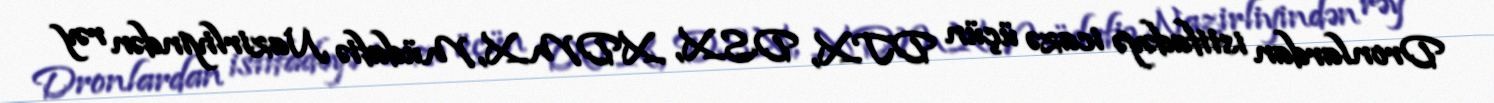
Dronlardan istifadəyə icazə üçün DTX, DSX, XDMX, Müdafiə Nazirliyindən rəy